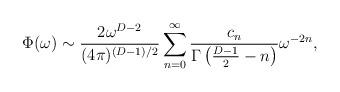
LaTeX: \begin{align*}\Phi(\omega)\sim {2 \omega^{D-2} \over(4\pi)^{(D-1)/2}}\sum_{n=0}^\infty{c_n \over \Gamma\left({D-1\over 2}-n\right)} \omega^{-2n},\end{align*}